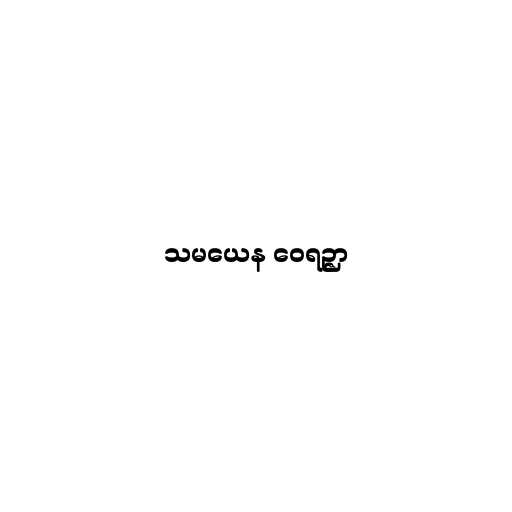
သမယေန ဝေရဉ္ဇာ